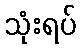
သုံးရပ်